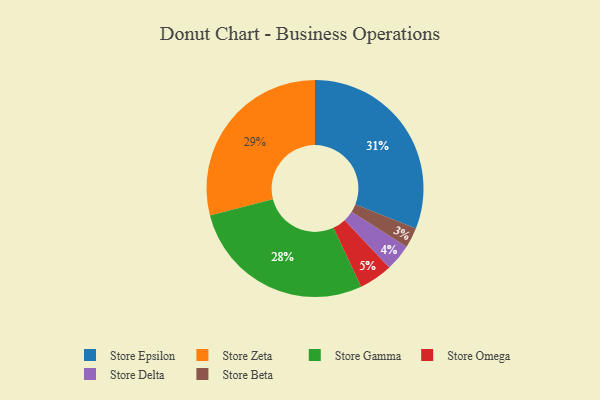
{"axis": {"x": "Category", "y": "Percentage"}, "legend": ["Store Beta", "Store Delta", "Store Epsilon", "Store Gamma", "Store Omega", "Store Zeta"], "data": [{"x": "Store Zeta", "y": 29, "type": "Store Zeta"}, {"x": "Store Epsilon", "y": 31, "type": "Store Epsilon"}, {"x": "Store Delta", "y": 4, "type": "Store Delta"}, {"x": "Store Beta", "y": 3, "type": "Store Beta"}, {"x": "Store Omega", "y": 5, "type": "Store Omega"}, {"x": "Store Gamma", "y": 28, "type": "Store Gamma"}]}